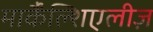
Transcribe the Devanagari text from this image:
मार्कैंल्शिएलीज़